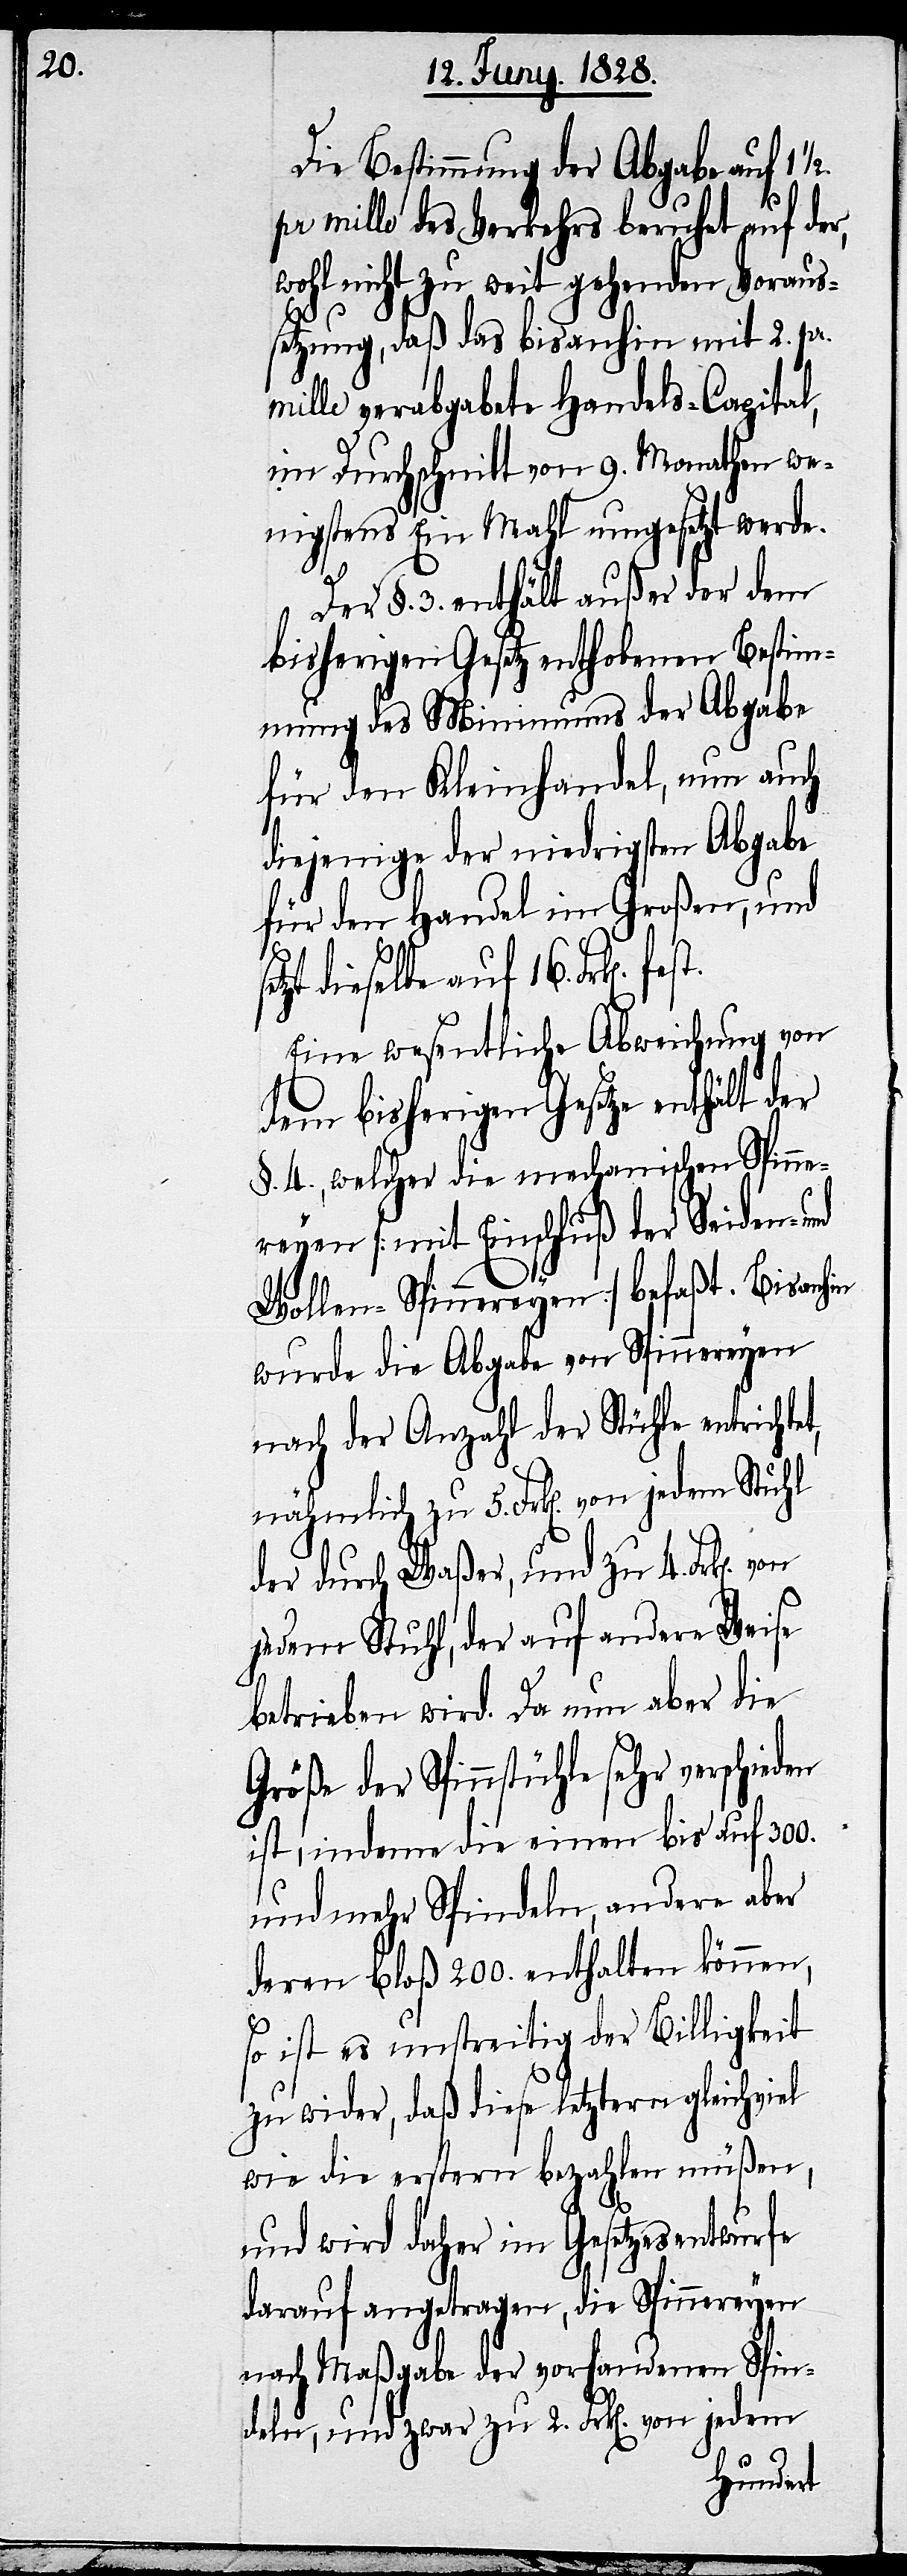
Die Bestimmung der Abgabe auf
pr mille des Verkehrs beruhet auf der,
wohl nicht zu weit gehenden Voraus¬
setzung, daß das bisanhin mit 2. pr.
mille verabgabete Handels-Capital,
im Durchschnitt von 9. Monathen we¬
nigstens Ein Mahl umgesetzt werde.
Der §. 3. enthält außer der dem
bisherigen Gesetz enthobenen Bestim¬
mung des Minimums der Abgabe
für den Kleinhandel, nun auch
diejenige der niedrigsten Abgabe
für den Handel im Großen, und
tzt dieselbe auf 16. Frk[en].
Eine wesentliche Abweichung von
dem bisherigen Gesetze enthält der
§. 4., welcher die mechanischen Spinne¬
reyen [mit Einschluß der Seiden-
Wollen-Spinnereyen] befaßt. Bisanhin
wurde die Abgabe von Spinnereyen
nach der Anzahl der Stühle entrichtet,
nähmlich zu 5. Frk[en]. von jedem
der durch Waßer, und zu 4. Frk[en].
jedem Stuhl, der auf andere Weise
betrieben wird. Da nun aber die
Größe der Spinnstühle sehr
ist, indeme die einen auf 300.
und mehr Spindeln, andere aber
deren bloß 200. enthalten können,
so ist es unstreitig der Billigkeit
zu wider, daß diese letztern gleichviel
wie die erstern bezahlen müßen,
und wird daher im Gesetzesentwurfe
darauf angetragen, die Spinnereyen
nach Maßgabe der vorhandenen Spin¬
e¬
deln, und zwar zu 2. Frk[en]. von jedem